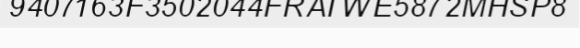
9407163F3502044FRATWE5872MHSP8